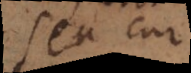
seu cur